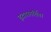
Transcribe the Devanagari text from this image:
हृदयस्पर्शिता